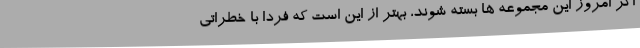
اگر امروز این مجموعه ها بسته شوند، بهتر از این است که فردا با خطراتی